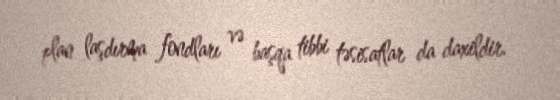
plan laşdırma fondları və başqa tibbi təsisatlar da daxildir.